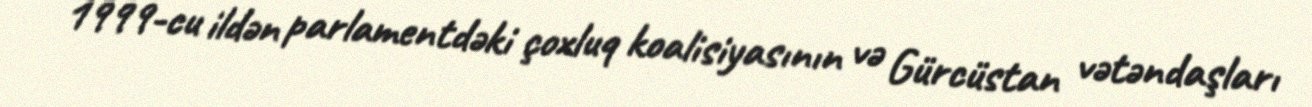
1999-cu ildən parlamentdəki çoxluq koalisiyasının və Gürcüstan vətəndaşları